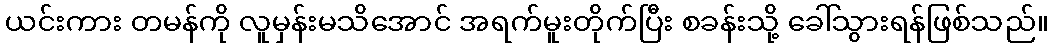
ယင်းကား တမန်ကို လူမှန်းမသိအောင် အရက်မူးတိုက်ပြီး စခန်းသို့ ခေါ်သွားရန်ဖြစ်သည်။